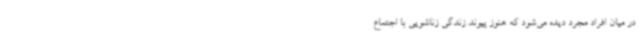
در میان افراد مجرد دیده می‌شود که هنوز پیوند زندگی زناشویی با اجتماع